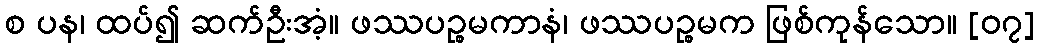
စ ပန၊ ထပ်၍ ဆက်ဦးအံ့။ ဖဿပဉ္စမကာနံ၊ ဖဿပဉ္စမက ဖြစ်ကုန်သော။ [၀၇]